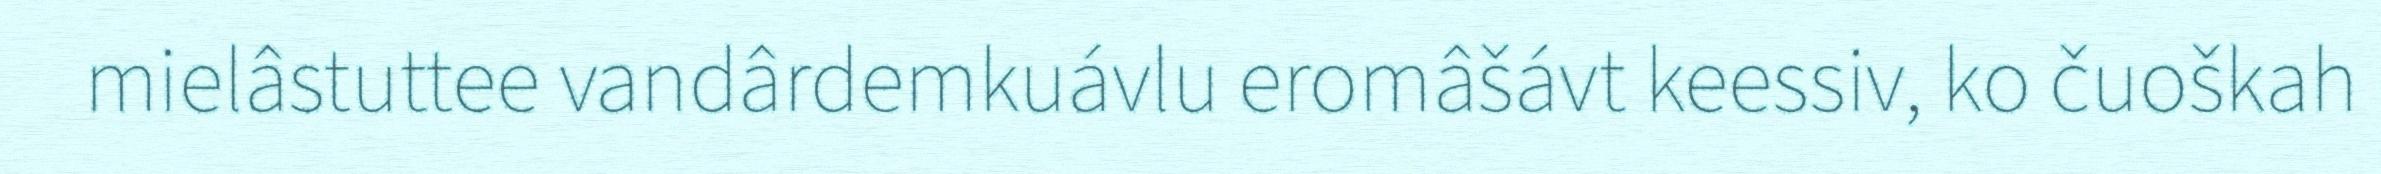
mielâstuttee vandârdemkuávlu eromâšávt keessiv, ko čuoškah